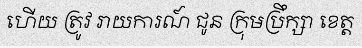
ហើយ ត្រូវ រាយការណ៍ ជូន ក្រុមប្រឹក្សា ខេត្ត